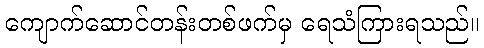
ကျောက်ဆောင်တန်းတစ်ဖက်မှ ရေသံကြားရသည်။